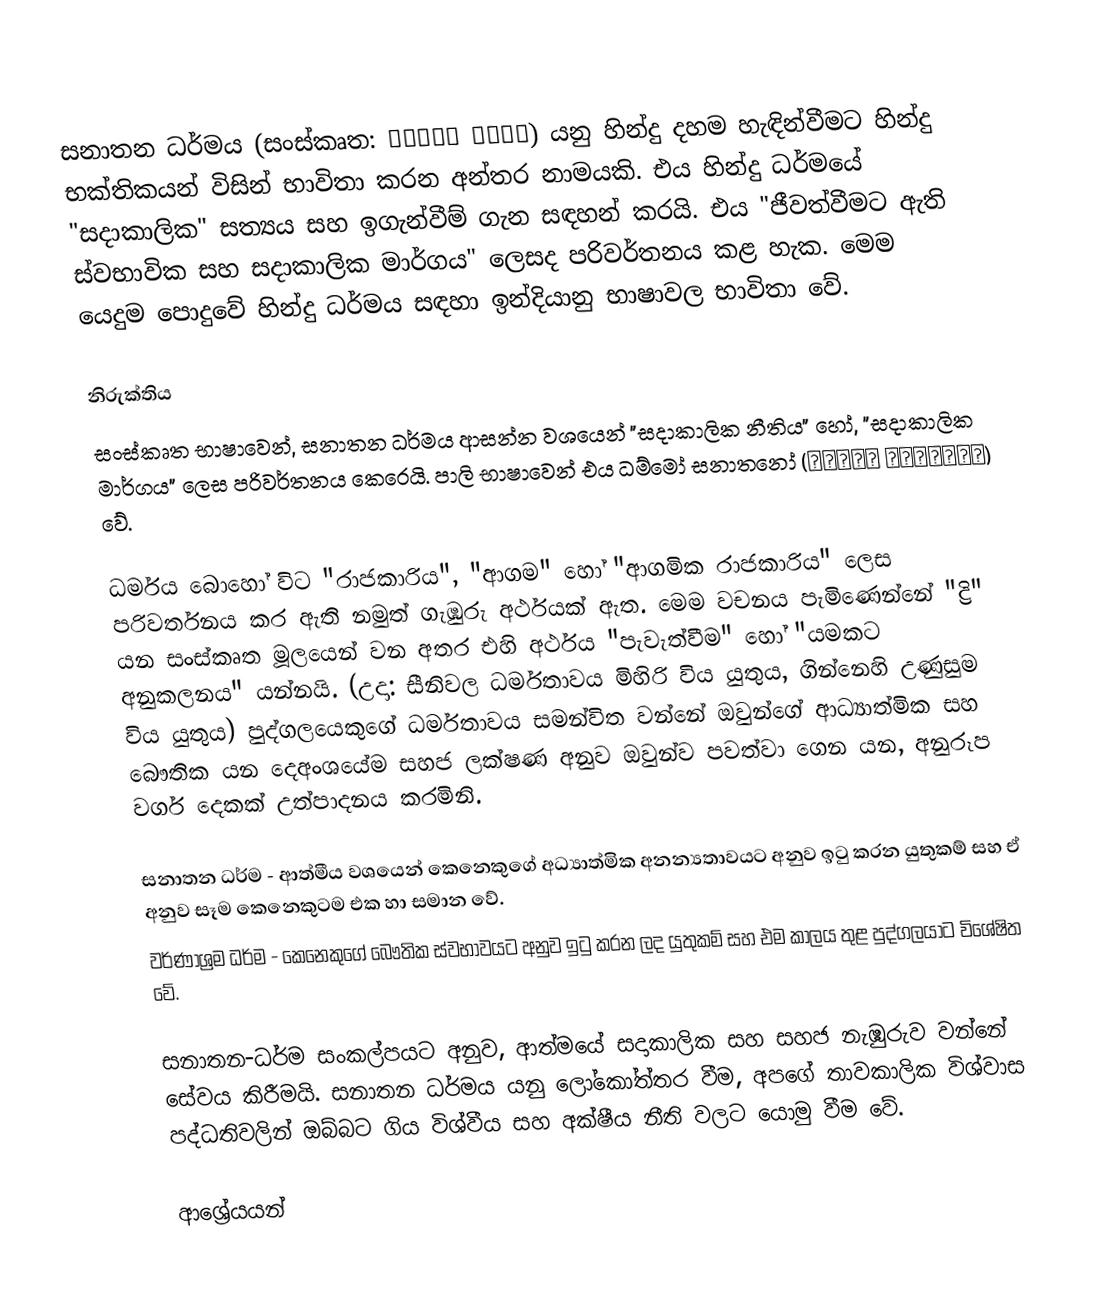
සනාතන ධර්මය (සංස්කෘත: सनातन धर्म) යනු හින්දු දහම හැඳින්වීමට හින්දු භක්තිකයන් විසින් භාවිතා කරන අන්තර නාමයකි. එය හින්දු ධර්මයේ "සදාකාලික" සත්‍යය සහ ඉගැන්වීම් ගැන සඳහන් කරයි. එය "ජීවත්වීමට ඇති ස්වභාවික සහ සදාකාලික මාර්ගය" ලෙසද පරිවර්තනය කළ හැක. මෙම යෙදුම පොදුවේ හින්දු ධර්මය සඳහා ඉන්දියානු භාෂාවල භාවිතා වේ.

නිරුක්තිය
සංස්කෘත භාෂාවෙන්, සනාතන ධර්මය ආසන්න වශයෙන් "සදාකාලික නීතිය" හෝ, "සදාකාලික මාර්ගය" ලෙස පරිවර්තනය කෙරෙයි. පාලි භාෂාවෙන් එය ධම්මෝ සනාතනෝ (धम्मो सनन्तनो) වේ.

ධර්මය බොහෝ විට "රාජකාරිය", "ආගම" හෝ "ආගමික රාජකාරිය" ලෙස පරිවර්තනය කර ඇති නමුත් ගැඹුරු අර්ථයක් ඇත. මෙම වචනය පැමිණෙන්නේ "ද්‍රි" යන සංස්කෘත මූලයෙන් වන අතර එහි අර්ථය "පැවැත්වීම" හෝ "යමකට අනුකලනය" යන්නයි. (උදා: සීනිවල ධර්මතාවය මිහිරි විය යුතුය, ගින්නෙහි උණුසුම විය යුතුය) පුද්ගලයෙකුගේ ධර්මතාවය සමන්විත වන්නේ ඔවුන්ගේ ආධ්‍යාත්මික සහ බෞතික යන දෙඅංශයේම සහජ ලක්ෂණ අනුව ඔවුන්ව පවත්වා ගෙන යන, අනුරූප වර්ග දෙකක් උත්පාදනය කරමිනි.

 සනාතන ධර්ම - ආත්මීය වශයෙන් කෙනෙකුගේ අධ්‍යාත්මික අනන්‍යතාවයට අනුව ඉටු කරන යුතුකම් සහ ඒ අනුව සෑම කෙනෙකුටම එක හා සමාන වේ.
 වර්ණාශ්‍රම ධර්ම - කෙනෙකුගේ බෞතික ස්වභාවයට අනුව ඉටු කරන ලද යුතුකම් සහ එම කාලය තුළ පුද්ගලයාට විශේෂිත වේ.

සනාතන-ධර්ම සංකල්පයට අනුව, ආත්මයේ සදාකාලික සහ සහජ නැඹුරුව වන්නේ සේවය කිරීමයි. සනාතන ධර්මය යනු ලෝකෝත්තර වීම, අපගේ තාවකාලික විශ්වාස පද්ධතිවලින් ඔබ්බට ගිය විශ්වීය සහ අක්ෂීය නීති වලට යොමු වීම වේ.

ආශ්‍රේයයන්